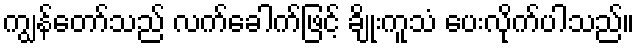
ကျွန်တော်သည် လက်ခေါက်ဖြင့် ချိုးကူသံ ပေးလိုက်ပါသည်။